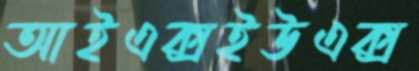
আইএক্সইউএক্স